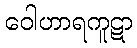
ဝေါဟာရကူဋာ